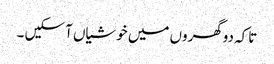
تاکہ دوگھروں میں خوشیاں آ سکیں ۔